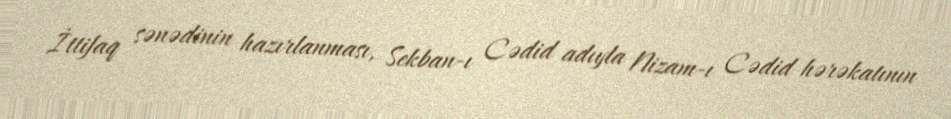
İttifaq sənədinin hazırlanması, Sekban-ı Cədid adıyla Nizam-ı Cədid hərəkatının